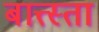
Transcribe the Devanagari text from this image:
बात्त्स्ता